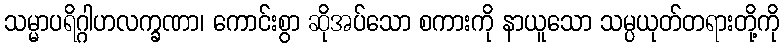
သမ္မာပရိဂ္ဂါဟလက္ခဏာ၊ ကောင်းစွာ ဆိုအပ်သော စကားကို နာယူသော သမ္ပယုတ်တရားတို့ကို